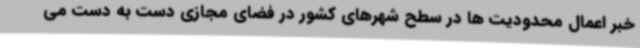
خبر اعمال محدودیت ها در سطح شهرهای کشور در فضای مجازی دست به دست می